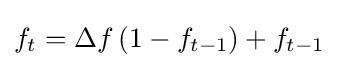
{\textstyle f_{t}=\Delta f\left(1-f_{t-1}\right)+f_{t-1}}